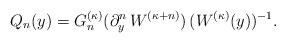
LaTeX: \begin{align*} Q_n(y)=G_n^{(\kappa)}(\partial_y^n \, W^{(\kappa+n)}) \, (W^{(\kappa)}(y))^{-1}. \end{align*}